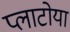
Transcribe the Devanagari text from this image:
प्लाटोया